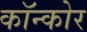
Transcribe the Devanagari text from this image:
कॉन्कोर